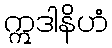
ဣဒါနိဟံ